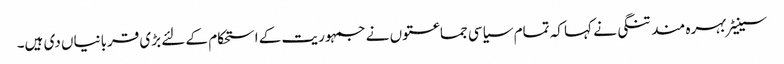
سینیٹر بہرہ مند تنگی نے کہا کہ تمام سیاسی جماعتوں نے جمہوریت کے استحکام کے لئے بڑی قربانیاں دی ہیں۔